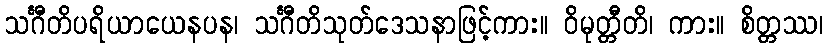
သင်္ဂီတိပရိယာယေနပန၊ သင်္ဂီတိသုတ်ဒေသနာဖြင့်ကား။ ဝိမုတ္တီတိ၊ ကား။ စိတ္တဿ၊